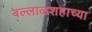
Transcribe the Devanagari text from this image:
बल्लाळशहाच्या